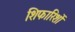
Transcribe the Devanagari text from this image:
शिफारिशों